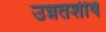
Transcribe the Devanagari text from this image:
उन्नतशीर्ष